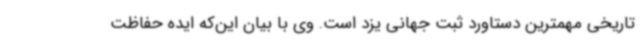
تاریخی مهمترین دستاورد ثبت جهانی یزد است. وی با بیان این‌که ایده حفاظت